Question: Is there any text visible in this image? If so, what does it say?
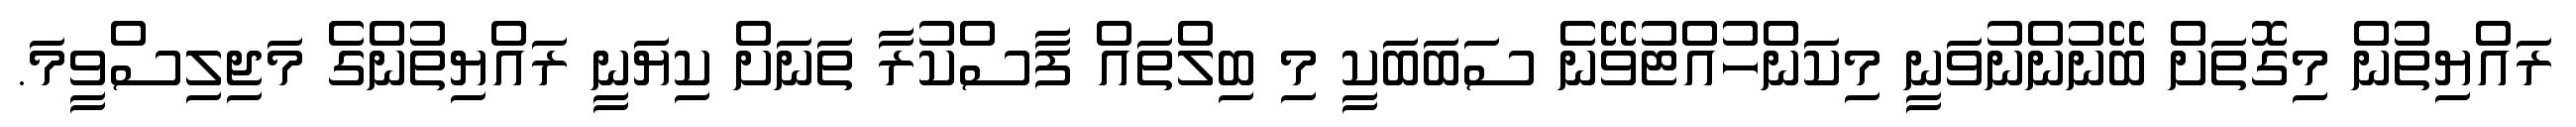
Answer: ރައްޔިތުން މިގޮތަށް ބޭނުންނުވަނީ މިކަންހުއްޓުވޭނެ ސަބަބަކީ މި ބިލްތައް ފާސްކުރާ ތަނަށް ކިޔަނީ ރައްޔިތުންގެ މަޖިލިސްވީމަ.